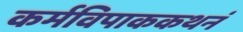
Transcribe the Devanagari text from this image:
कर्मविपाककथनं